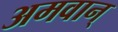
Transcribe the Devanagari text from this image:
अमवान्